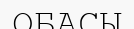
ОБАСЫ